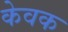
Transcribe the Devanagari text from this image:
केवक